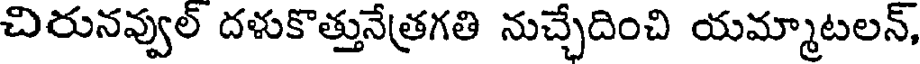
చిరునవ్వుల్ దళుకొత్తునేత్రగతి నుచ్చేదించి యమ్మాటలన్,